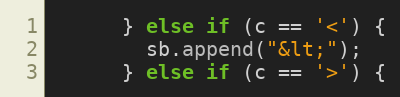
Language: Java
      } else if (c == '<') {
        sb.append("&lt;");
      } else if (c == '>') {